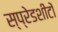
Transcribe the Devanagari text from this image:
स्प्रेडशीटों